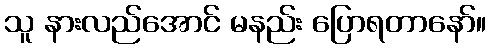
သူ နားလည်အောင် မနည်း ပြောရတာနော်။